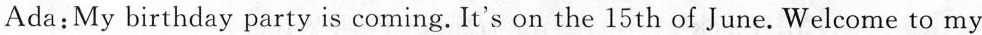
Ada: My birthday party is coming. It's on the 15th of June. Welcome to my